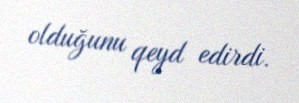
olduğunu qeyd edirdi.